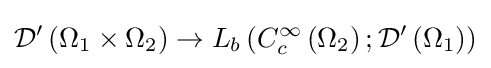
{\mathcal {D}}^{\prime }\left(\Omega _{1}\times \Omega _{2}\right)\to L_{b}\left(C_{c}^{\infty }\left(\Omega _{2}\right);{\mathcal {D}}^{\prime }\left(\Omega _{1}\right)\right)